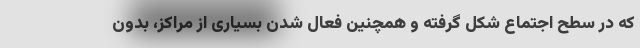
که در سطح اجتماع شکل گرفته و همچنین فعال شدن بسیاری از مراکز، بدون